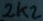
Text: 2K2